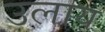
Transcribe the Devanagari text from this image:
उलाय